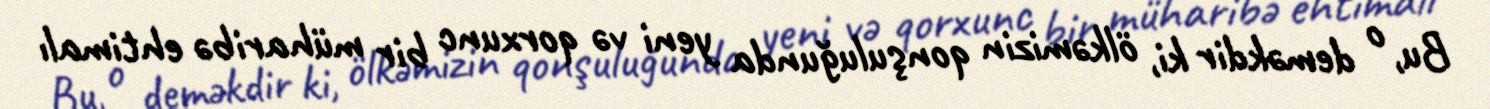
Bu, o deməkdir ki, ölkəmizin qonşuluğunda yeni və qorxunc bir müharibə ehtimalı